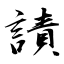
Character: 謮